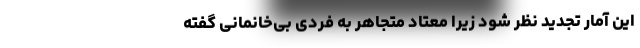
این آمار تجدید نظر شود زیرا معتاد متجاهر به فردی بی‌خانمانی گفته